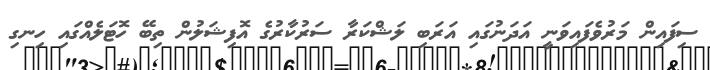
ސިފައިން މަރުވެފައިވަނީ އަދަނުގައި އަރަބި ލަޝްކަރާ ސަރުކާރުގެ އޮފިޝަލުން ތިބޭ ހޮޓަލެއްގައި ހިނގި